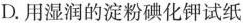
D.用湿润的淀粉碘化钾试纸